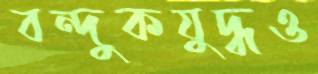
বন্দুকযুদ্ধও